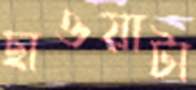
ছাওয়াটা